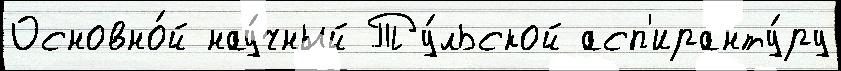
Основно́й нау́чный Ту́льской асп'иранту́ру